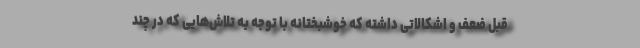
قبل ضعف و اشکالاتی داشته که خوشبختانه با توجه به تلاش‌هایی که در چند